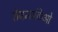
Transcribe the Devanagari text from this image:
रोमन्सकिओ